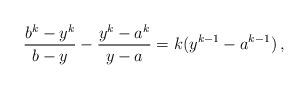
LaTeX: \begin{align*}\frac{b^k-y^k}{b-y}-\frac{y^k-a^k}{y-a}=k(y^{k-1}-a^{k-1})\,,\end{align*}